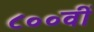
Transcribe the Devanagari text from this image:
८००वीं